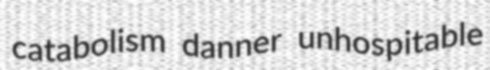
catabolism danner unhospitable